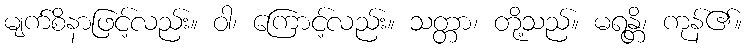
မျက်စိနာဖြင့်လည်း။ ဝါ၊ ကြောင့်လည်း။ သတ္တာ၊ တို့သည်။ မရန္တိ၊ ကုန်၏။